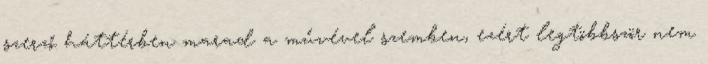
szerző háttérben marad a művével szemben, ezért legtöbbször nem